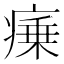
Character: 𭼜